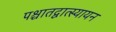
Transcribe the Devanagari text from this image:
पश्चातद्वात्स्यायन